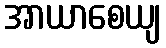
အာယာစေယျ